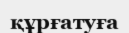
құрғатуға